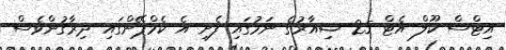
އިޓްސް ކޫލް އެޓް 25 ޝިއާރުގެ ނަމުގައި ފެށި އެ ކެމްޕޭންގައި ދިރާގުންވެސް